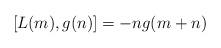
LaTeX: \begin{align*} [L(m),g(n)]=-n g(m+n)\end{align*}